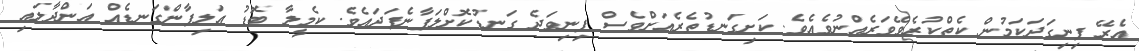
އެރޭ ފިނިގަދަކަމުން ކެތްކުރެވޭވަރެއްނުވެއެވެ. ކަށިގަނޑުތެރެއަށްވެސް ފިނިވަދެ ގަނޑުކޮށްލަފާނެފަދައެވެ. ކެމީލާ ބޮޑު އަލިފާންގަނޑެއް އަންދާލައި